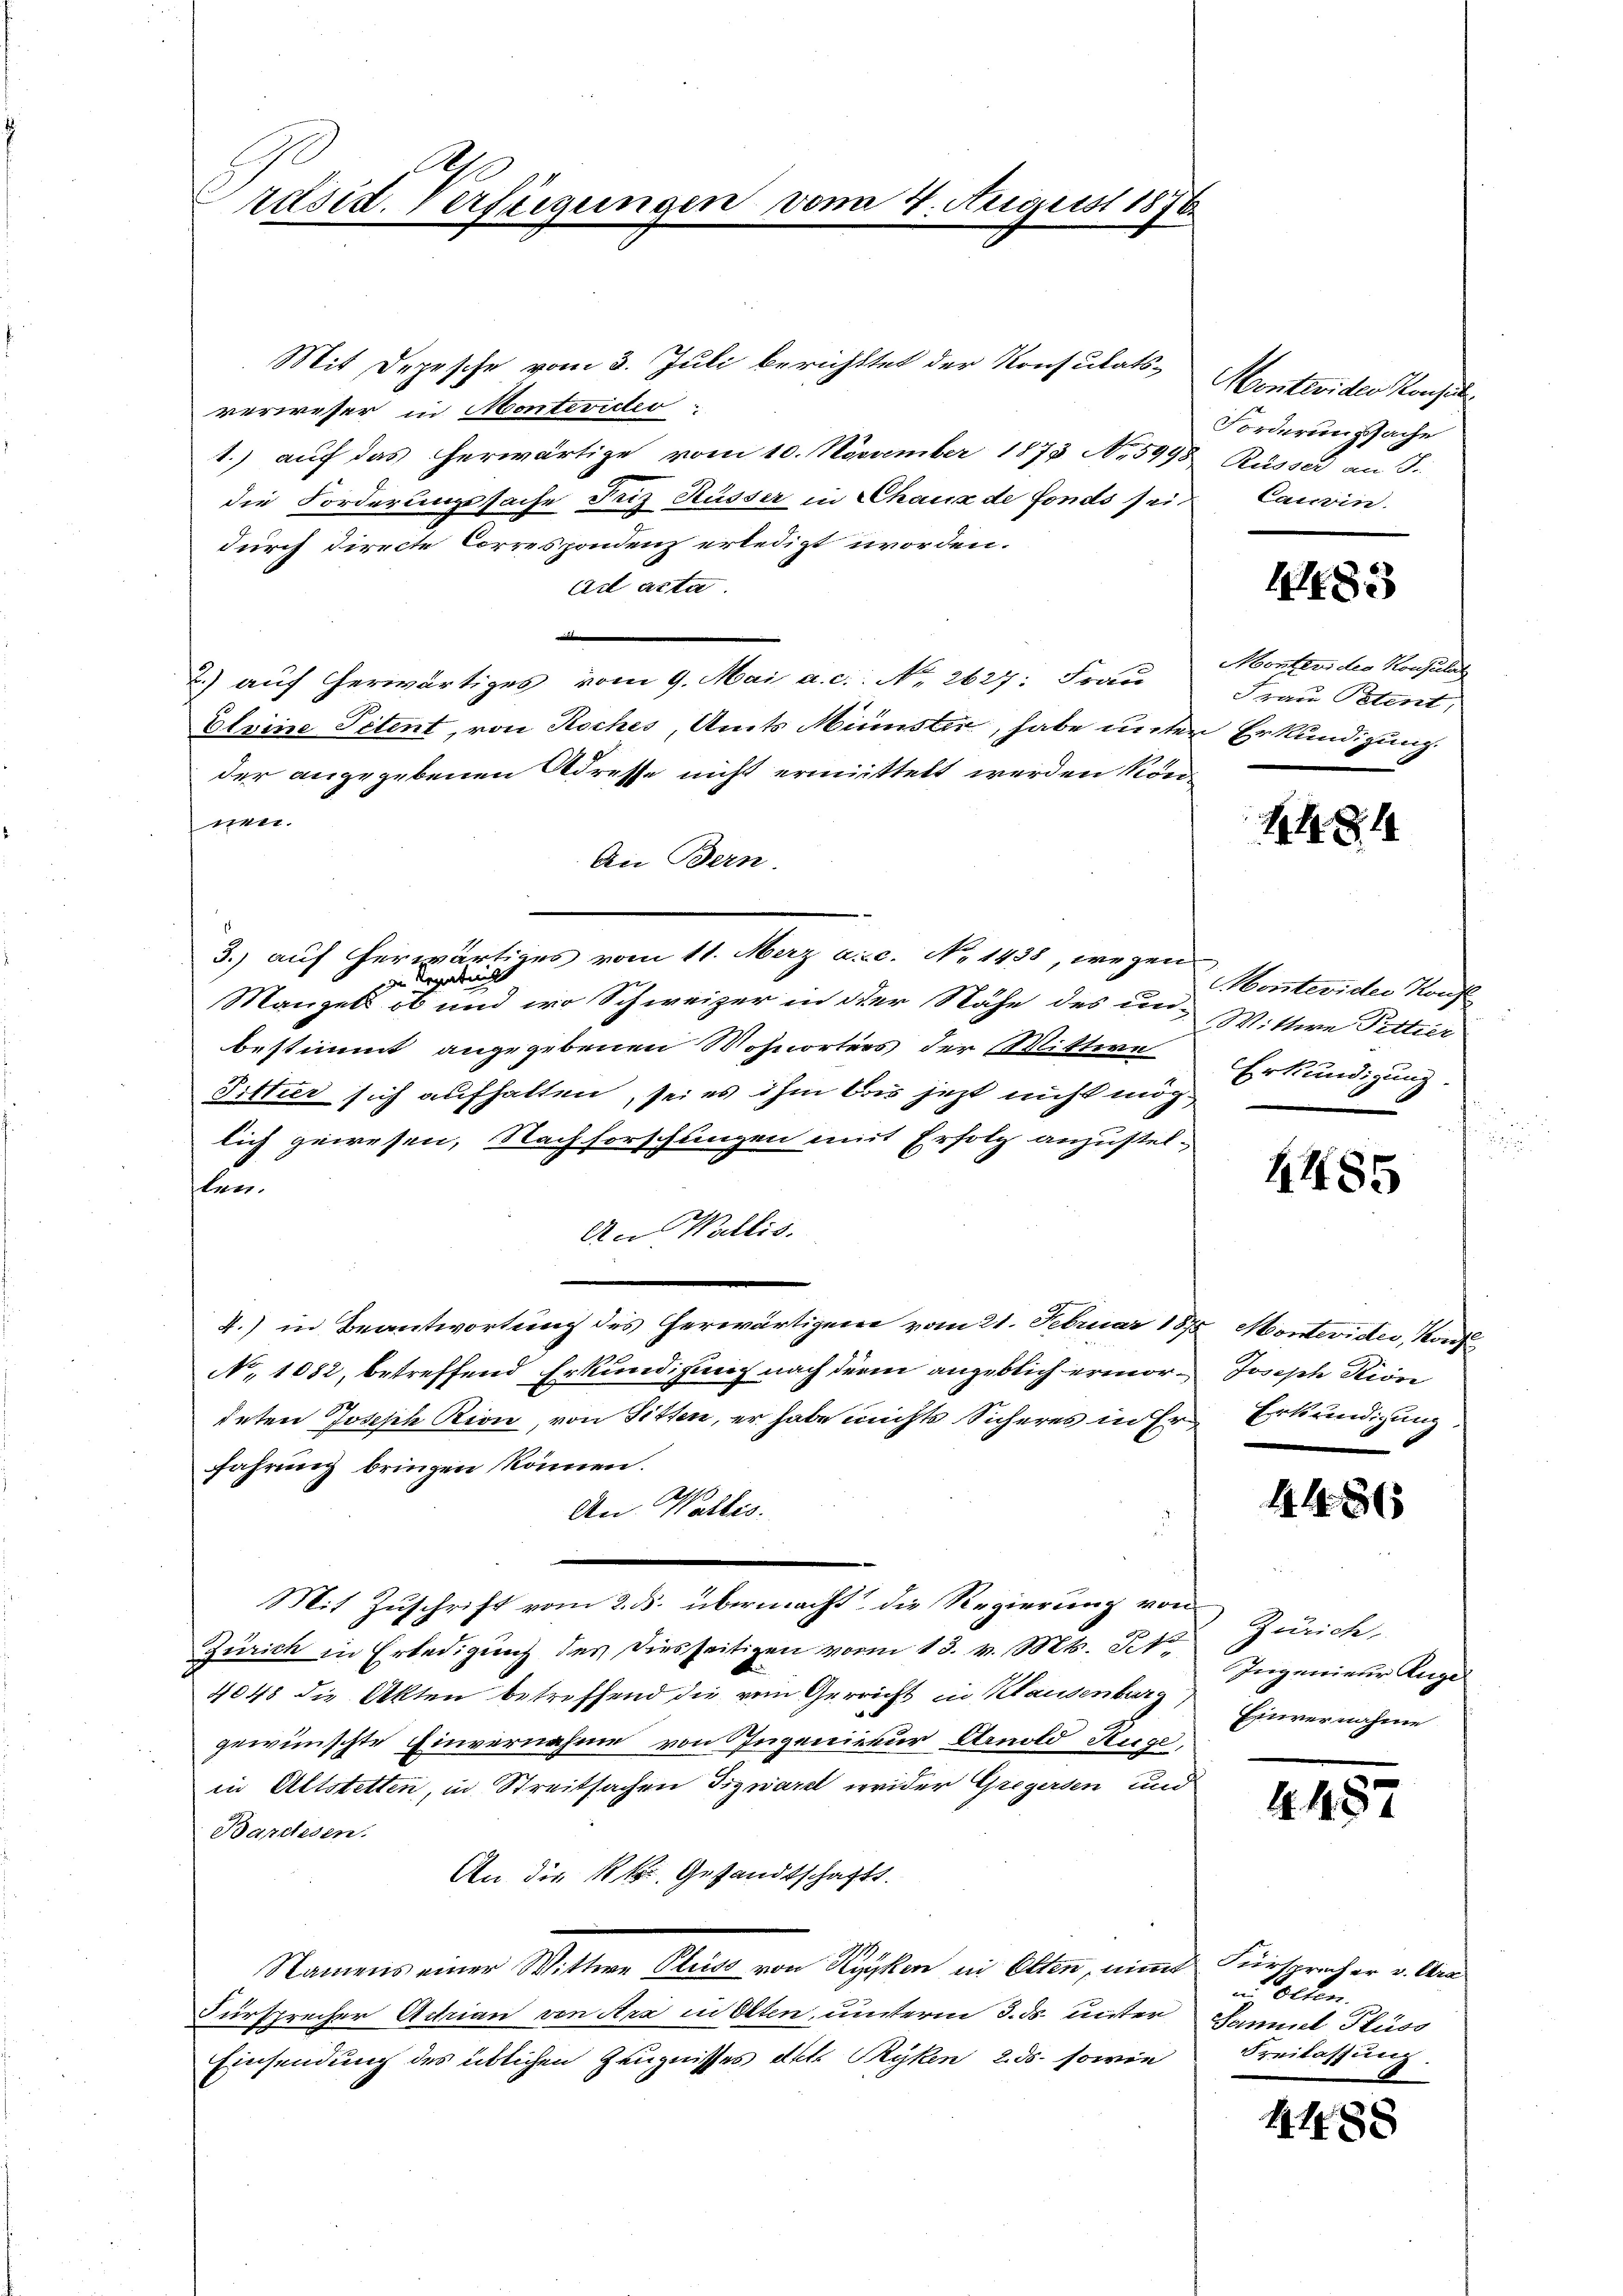
räsid. Verfeigungen vom 4. August 1876

Mit Depesche vom 3. Juli berichttet der Konsulats- Montevider Konse
verweser in Montevicto
1.) auf das herwärtige vom 10. November 1873 No 5998 Rüsser an J.
die Forderungssache Friz Küsser in Chaux de Fonds sei
durch directe Correspondenz erledigt worden.
Ad acta.
e
2.) auf herwärtiges vom 9. Mai a. c.: No 2627: Frau Frau Petent
Eleine Petent, von Roches, Amts Minister, habe unter Erkundigung
der angegebenen Adresse nicht ermittelt werden können.
An Bern.
3.) auf herwärtiges vom 11. Merz a.c. No 1438, wegen
n Legatails
Mangels ob und wo Schweizer in der Nähe des in Wittwe Pettier
bestimmt angegebenen Wohnorters der Mittwe
Fittier sich aufhalten, sei es ihm bis jetzt nicht möglich gewesen, Nachforschanzen mit Erfolg anzustel-
len.
An Wallis.
4.) in Beantwortung des herwärtigene vom 21. Februar 1875 Montevider, Konz
No 1082, betreffend Erkundigung nach der angeblich ermor¬ Joseph Pion
deten Joseph Rion, von Sitten, er habe nichts Sicheres in Er Erkundigung
fahrung bringen können.
An Wallis.
e
Mit Zuschrift vom 2. ds. übermacht die Regierung von
Zürich in Erledigung des diesseitigen vom 13. v. Mts. Jet
4848 die Akten betreffend die rein Gericht in Klausenburg Einvernahme
gewünschte Einvernahme von Ingenieur Arnold Rüge
in Altstetten, in Streitsachen Tizward wider Gregersen und
Barceden.
An die k.k. Gesandtschaft.
Namens einer Wittwe Plus von Kygken in Olten, wird Fürsprücher v. An
Fürsprecher Adrian von Ara in Olten, unterm 3. ds. unter Samuel Flüss
Einsendung des üblichen Zeugnisses Akt. Ryken 2. ds. sowie

Forderungsache
Cauoin.

4483

Monteviden Konsulat

1484

Montevider Konfl
Erkundigung.

4485

1486

Zürich.
Ingenieur Auge

1457

u Olten.
Beilassung.

1488